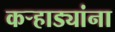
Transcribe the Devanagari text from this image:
कऱ्हाड्यांना